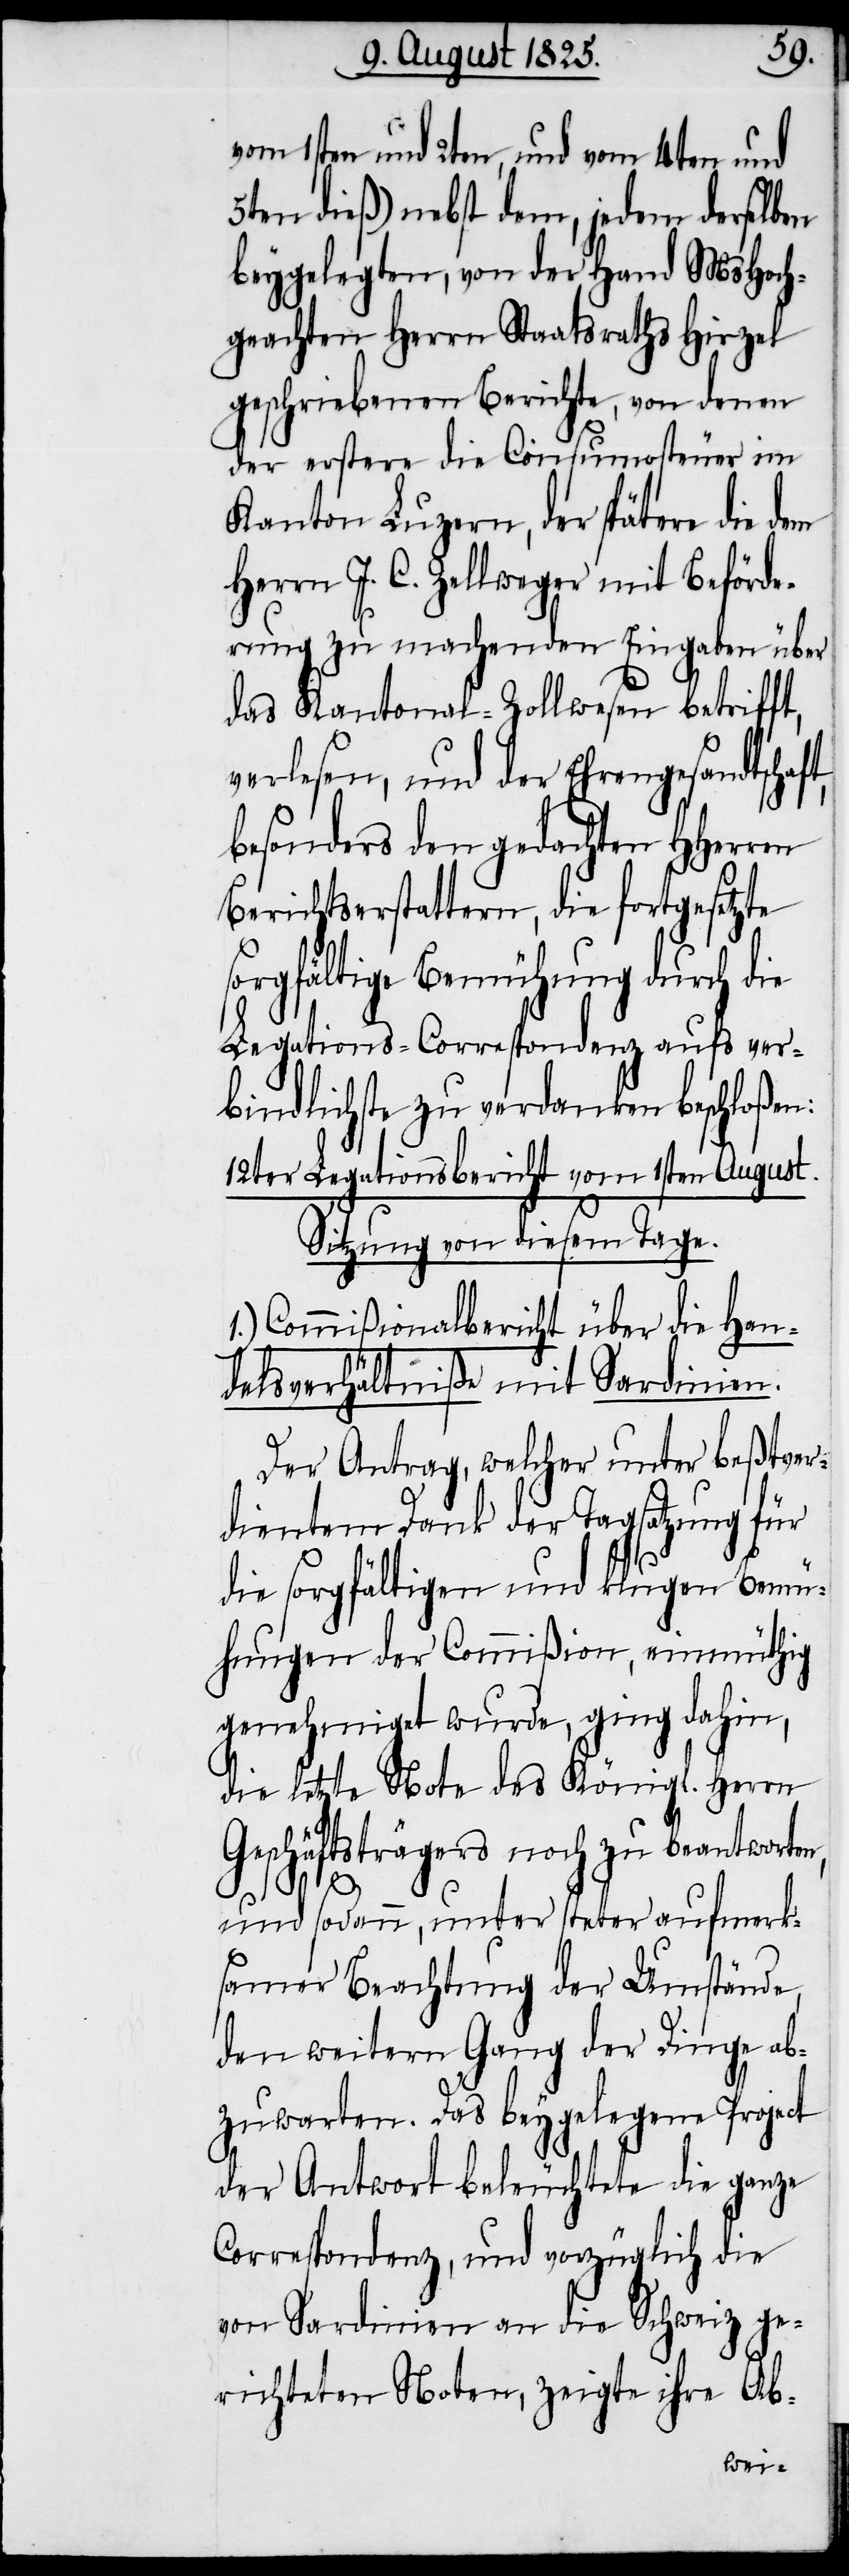
von 1sten und 2ten, und vom 4ten und
5ten dieß) nebst dem, jedem derselben
beygelegten, von der Hand MsHoch¬
geachten Herrn Staatsraths Hirzel
geschriebenen Berichte, von denen
der erstere die Consumosteuer im
Kanton Luzern, der spätere die dem
Herrn J. C. Zellweger mit Beförde¬
rung zu machenden Eingaben über
das Kantonal-Zollwesen betrifft,
verlesen, und der Ehrengesandtschaf¬
besonders den gedachten HHerren
Berichtserstattern, die fortgesetzte
sorgfältige Bemühung durch die
Legations-Correspondenz aufs ver¬
bindlichste zu verdanken beschloßen:
12ter Legationsbericht vom 1sten August.
Sitzung von diesem Tage.
1.) Commißionalbericht über die Han¬
delsverhältniße mit Sardinien.
Der Antrag, welcher unter beßtver¬
dientem Dank der Tagsatzung für
die sorgfältigen und klugen Bemü¬
hungen der Commißion, einmüthig
genehmiget wurde, ging dahin,
die letzte Note des Königl. Herrn
Geschäftsträgers noch zu beantworten,
t,
und sodann, unter steter aufmerk¬
samer Beachtung der Umstände,
den weitern Gang der Dinge ab¬
zuwarten. Das beygelegene Project
der Antwort beleuchtete die ganze
Correspondenz, und vorzüglich die
von Sardinien an die Schweiz ge¬
richteten Noten, zeigte ihre Ab-